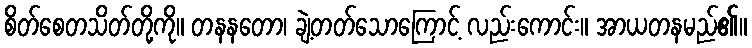
စိတ်စေတသိတ်တို့ကို။ တနနတော၊ ချဲ့တတ်သောကြောင့် လည်းကောင်း။ အာယတနမည်၏။